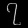
Digit: ၇